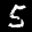
Label: 5